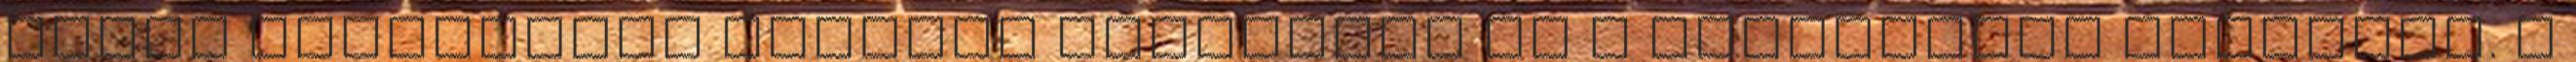
külön csepegtető tálcára vezethető ki a felesleges zsiradék. a